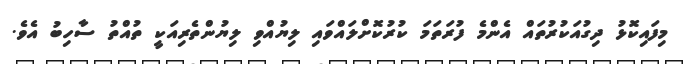
މިފައިކޮޅު ދިގުއަކުރުތައް އެންމެ ފުރަތަމަ ކުރުކޮށްލައްވައި ލިޔުއްވި ލިޔުންތެރިއަކީ ތުއްތު ސާހިބު އެވެ.